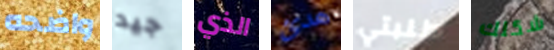
واضحه جيد الذي هدئ طلبتي شكلك